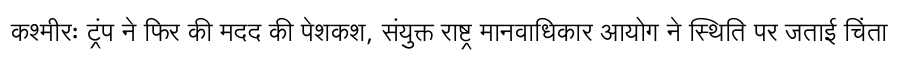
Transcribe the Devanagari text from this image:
कश्मीरः ट्रंप ने फिर की मदद की पेशकश, संयुक्त राष्ट्र मानवाधिकार आयोग ने स्थिति पर जताई चिंता